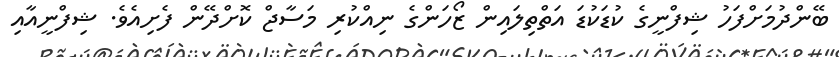
ބޭންދުމަށްފަހު ޝިފްނީގެ ކުޑަކުޑަ އަތްތިލައިން ޒޯހަންގެ ނިއްކުރި މަސާޖް ކޮށްދޭން ފެށިއެވެ. ޝިފްނީއާއި